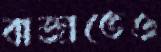
বাজাতেও